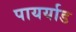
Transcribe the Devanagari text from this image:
पायर्याड